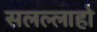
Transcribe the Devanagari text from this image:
सलल्लाहो